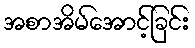
အစာအိမ်အောင့်ခြင်း